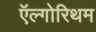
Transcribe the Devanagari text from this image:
ऍल्गोरिथम